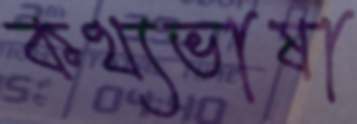
কথ্যভাষা